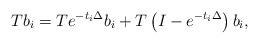
LaTeX: \begin{align*}T b_i=T e^{-t_i\Delta }b_i+T \left(I-e^{-t_i\Delta }\right)b_i,\end{align*}